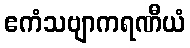
ဧကံသဗျာကရဏီယံ